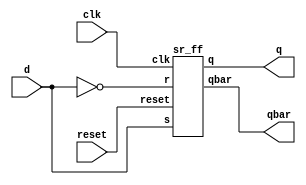
module d_using_sr(input clk,reset,d,output q,qbar);
wire w1,w2;
assign w1 = d;
assign w2 = ~d;
sr_ff SRFF(clk,reset,w1,w2,q,qbar);
endmodule

module sr_ff(input clk,reset,s,r,output reg q,output qbar);
always @(posedge clk) begin
if(!reset) begin
  case({s,r})
    2'b00:q <= q;
    2'b01:q <= 1'b0;
    2'b10:q <= 1'b1;
    2'b11:q <= 1'bx;
  endcase
  end
else
q <= 1'b0;
end
assign qbar = ~q;
endmodule